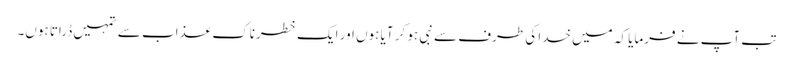
تب آپ نے فرمایا کہ میں خدا کی طرف سے نبی ہو کر آیا ہوں اور ایک خطرناک عذاب سے تمہیں ڈراتا ہوں۔